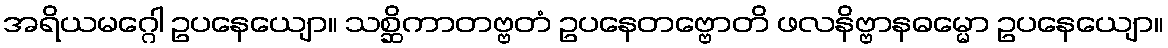
အရိယမဂ္ဂေါ ဥပနေယျော။ သစ္ဆိကာတဗ္ဗတံ ဥပနေတဗ္ဗောတိ ဖလနိဗ္ဗာနဓမ္မော ဥပနေယျော။